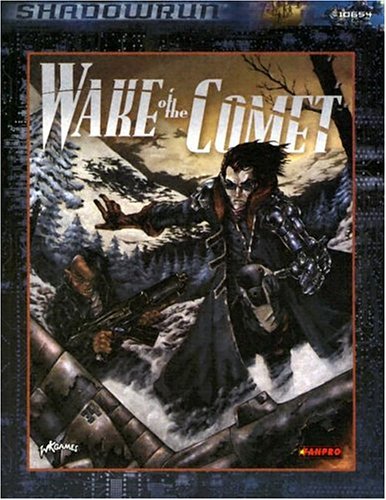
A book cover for Shadowrun: Wake of the Comet (FPR10654) (Shadowrun (Fanpro)); FanPro; Science Fiction & Fantasy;